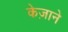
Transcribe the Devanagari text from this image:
केज़ाने